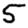
Digit: 5